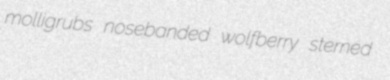
molligrubs nosebanded wolfberry sterned